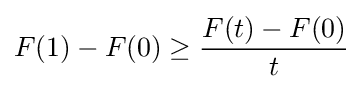
F(1)-F(0)\geq {\frac {F(t)-F(0)}{t}}